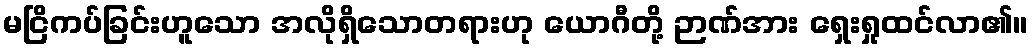
မငြိကပ်ခြင်းဟူသော အလိုရှိသောတရားဟု ယောဂီတို့ ဉာဏ်အား ရှေးရှုထင်လာ၏။